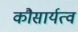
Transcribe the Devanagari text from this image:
कौसार्यत्व